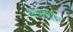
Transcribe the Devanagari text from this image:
पाचातील